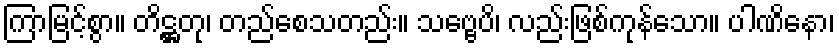
ကြာမြင့်စွာ။ တိဋ္ဌတု၊ တည်စေသတည်း။ သဗ္ဗေပိ၊ လည်းဖြစ်ကုန်သော။ ပါဏိနော၊